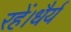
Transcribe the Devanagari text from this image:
रहें।धैर्य